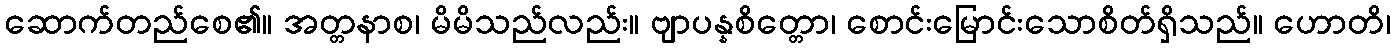
ဆောက်တည်စေ၏။ အတ္တနာစ၊ မိမိသည်လည်း။ ဗျာပန္နစိတ္တော၊ စောင်းမြောင်းသောစိတ်ရှိသည်။ ဟောတိ၊